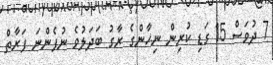
7 ދުވަސް 15 ގަޑި ކުރިން ނިހާންގެ ރާގު ބަދަލުވެ ނުފެންނަ ފަރާތް